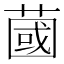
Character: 蔮